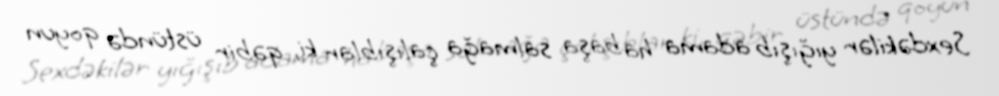
Sexdəkilər yığışıb adama ha başa salmağa çalışıblar ki, qəbir üstündə qoyun